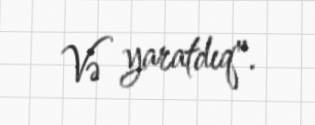
Və yaratdıq".